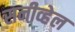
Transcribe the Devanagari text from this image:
सनीव्हेल